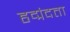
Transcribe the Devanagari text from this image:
हृद्मंदता